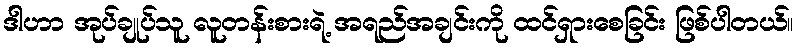
ဒါဟာ အုပ်ချုပ်သူ လူတန်းစားရဲ့ အရည်အချင်းကို ထင်ရှားစေခြင်း ဖြစ်ပါတယ်။